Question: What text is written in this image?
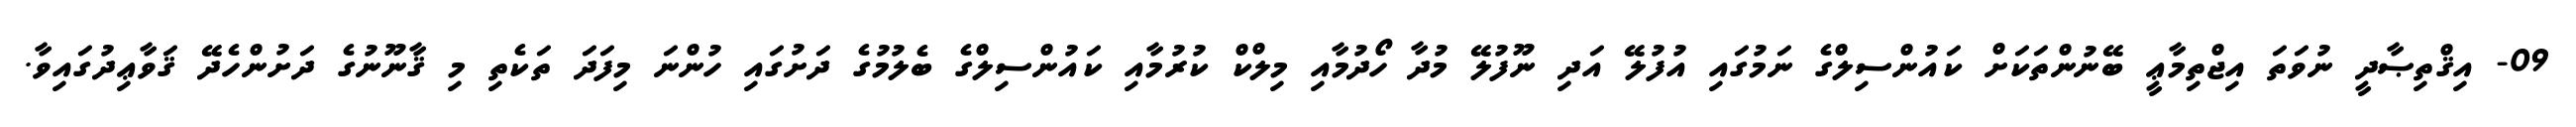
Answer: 09- އިޤްތިޞާދީ ނުވަތަ އިޖްތިމާޢީ ބޭނުންތަކަށް ކައުންސިލްގެ ނަމުގައި އުފުލޭ އަދި ނޫފުލޭ މުދާ ހޯދުމާއި މިލްކް ކުރުމާއި ކައުންސިލްގެ ބެލުމުގެ ދަށުގައި ހުންނަ މިފަދަ ތަކެތި މި ޤާނޫނުގެ ދަށުންހެދޭ ޤަވާޢިދުގައިވާ.